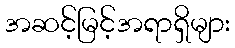
အဆင့်မြင့်အရာရှိများ